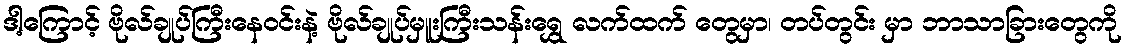
ဒါ့ကြောင့် ဗိုလ်ချုပ်ကြီးနေဝင်းနဲ့ ဗိုလ်ချုပ်မှူးကြီးသန်းရွှေ လက်ထက် တွေမှာ၊ တပ်တွင်း မှာ ဘာသာခြားတွေကို